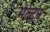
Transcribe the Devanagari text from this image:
मेल्टन